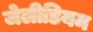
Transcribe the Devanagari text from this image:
जेलीडियम